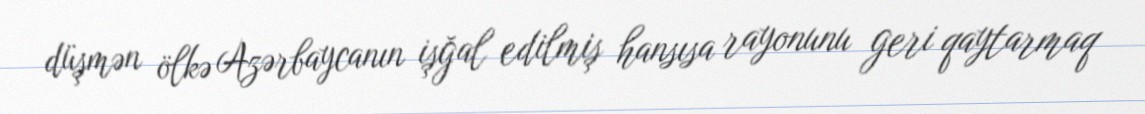
düşmən ölkə Azərbaycanın işğal edilmiş hansısa rayonunu geri qaytarmaq